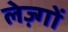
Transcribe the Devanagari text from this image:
लेज़्गों